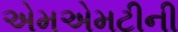
એમએમટીની